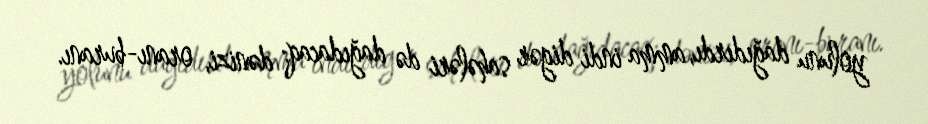
yolunu dağıdırdı, amma indi digər sahələri də dağıdacaq: dənizi, oranı-buranı.